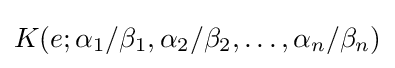
K(e;\alpha _{1}/\beta _{1},\alpha _{2}/\beta _{2},\ldots ,\alpha _{n}/\beta _{n})